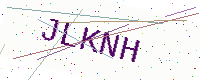
Text: JLKNH